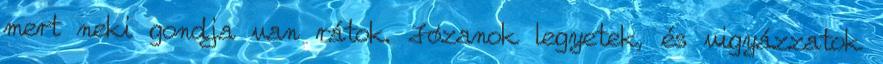
mert neki gondja van rátok. Józanok legyetek, és vigyázzatok